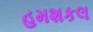
હમશકલ